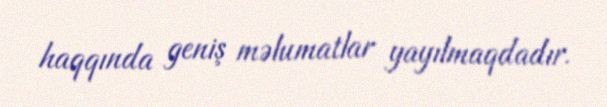
haqqında geniş məlumatlar yayılmaqdadır.